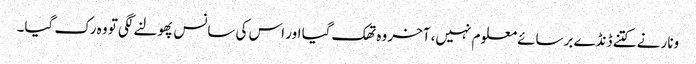
ونار نے کتنے ڈنڈے برسائے معلوم نہیں، آخر وہ تھک گیا اور اس کی سانس پھولنے لگی تو وہ رک گیا۔